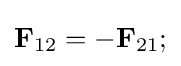
\mathbf {F} _{12}=-\mathbf {F} _{21};